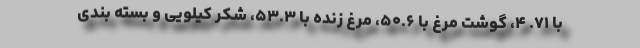
با ۷۱. ۴، گوشت مرغ با ۵۰.۶، مرغ زنده با ۵۳.۳، شکر کیلویی و بسته بندی